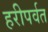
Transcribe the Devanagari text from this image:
हरीपर्वत